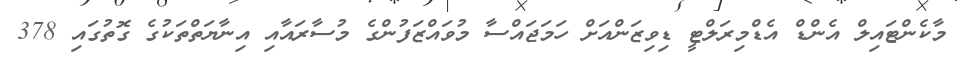
މާކެންޓައިލް އެންޑް އެޑްމިރަލްޓީ ޑިވިޒަންއަށް ހަމަޖައްސާ މުވައްޒަފުންގެ މުސާރައާއި އިނާޔަތްތަކުގެ ގޮތުގައި 378